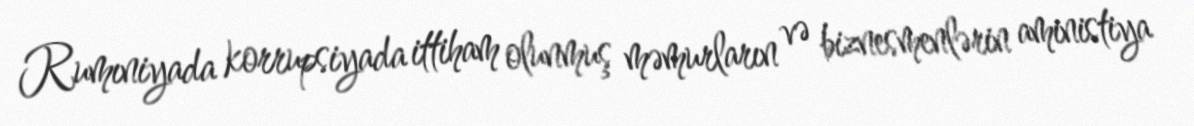
Rumıniyada korrupsiyada ittiham olunmuş məmurların və biznesmenlərin aministiya